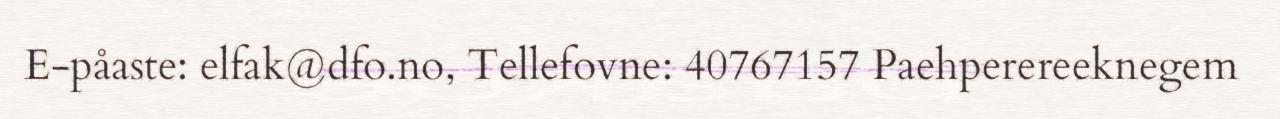
E-påaste: elfak@dfo.no, Tellefovne: 40767157 Paehperereeknegem